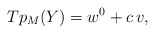
\begin{align*} Tp_M(Y)=w^0+c \,v,\end{align*}